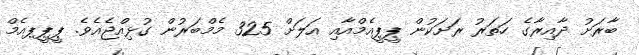
ބާރަށު ދާއިރާގެ ހަތަރު ރަށަކުން ޕީޕީއެމްއާއި އަލަށް 325 މެމްބަރުން ގުޅިއްޖެއެވެ. ޕީޕީޕއެމް